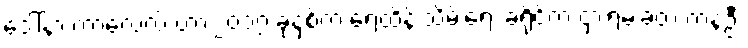
ဒေါ်နာ ကာလေလ် ဟာ ၂၀၁၇ ခုနှစ်က ရေထိန်းသိမ်းရေး ခရိုင်က ငှားရမ်းခဲ့တဲ့ ကနဦး